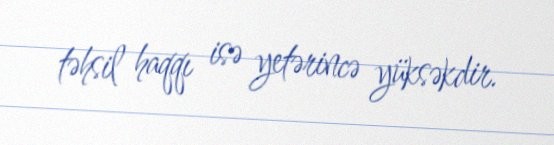
təhsil haqqı isə yetərincə yüksəkdir.